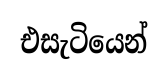
එසැටියෙන්